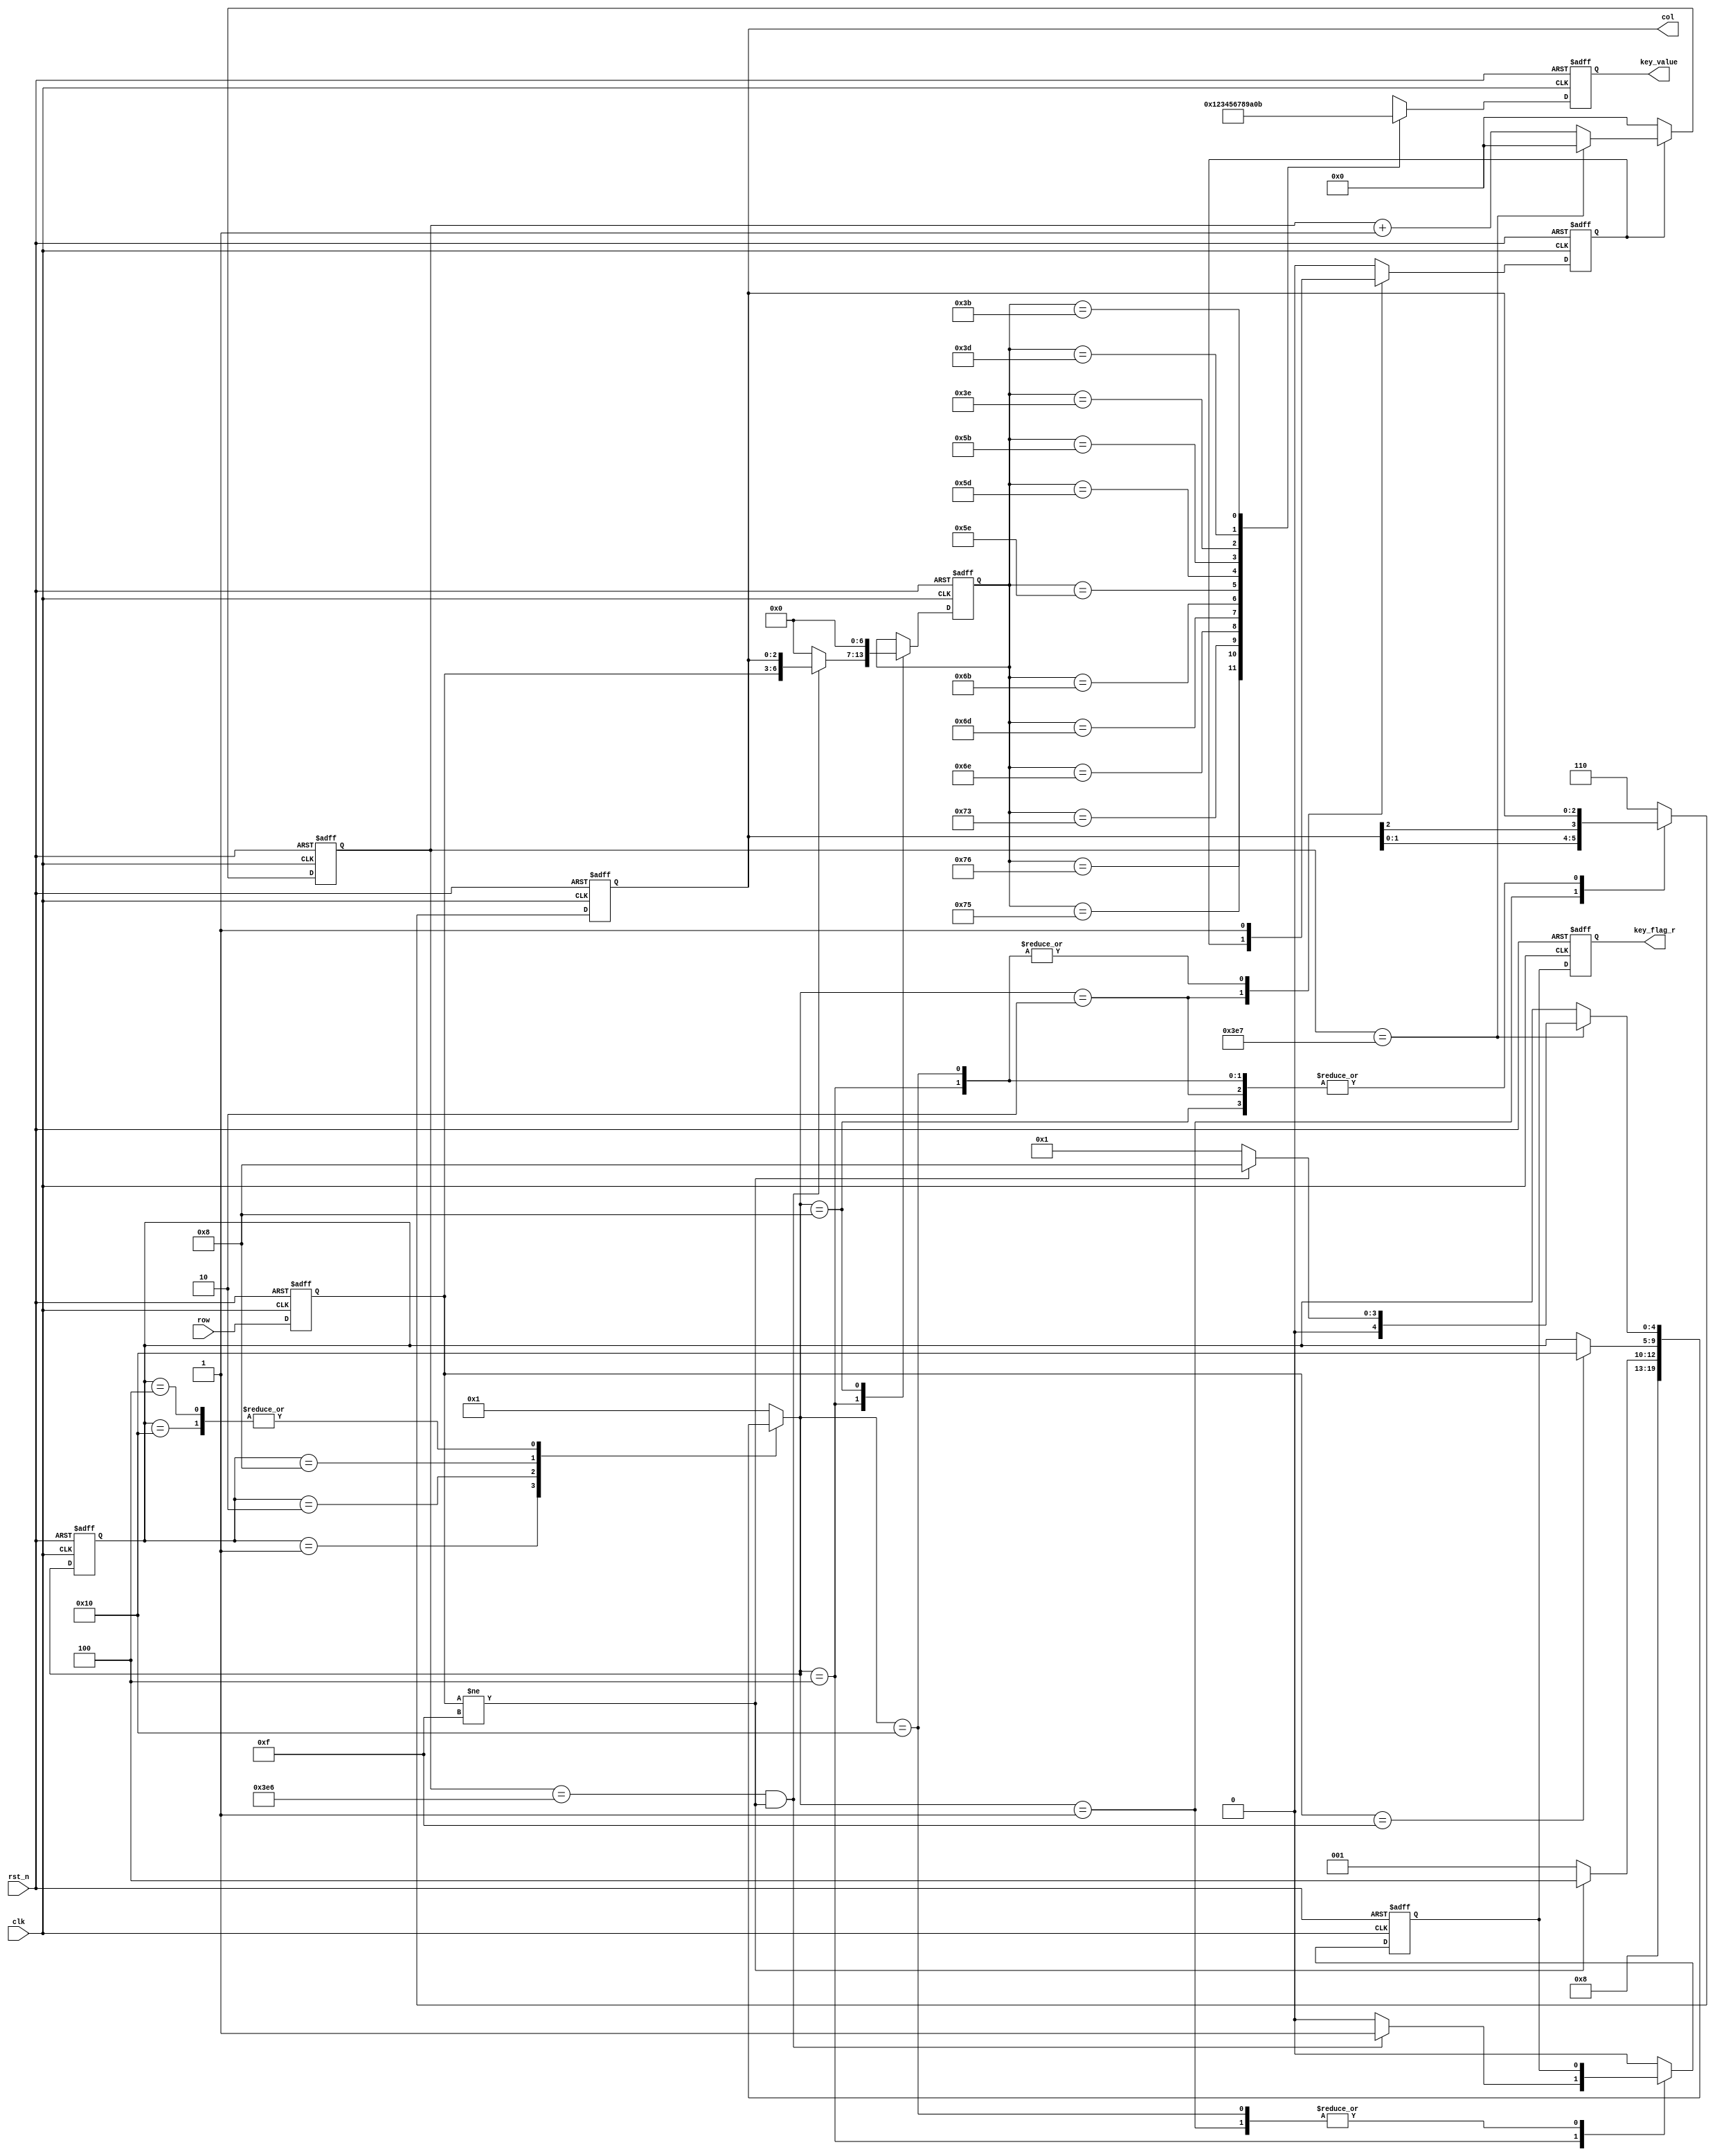
module keypad1(	
	input clk,
	input rst_n,
	input [3:0]row,

	output reg key_flag_r,
	output reg [3:0]key_value,
	output reg [2:0]col
);

reg 		key_flag;
reg [3:0]   row_r;
reg [4:0]   c_state,n_state;
reg [6:0]   key_value_r;
reg         en_delay;
reg [19:0]  delay;

//parameter CNT_MAX = 999_999;
parameter CNT_MAX = 999;

localparam
	scan 		= 5'b00001,
	judge  		= 5'b00010,
	filter0 	= 5'b00100,
	down		= 5'b01000,
	filter1	 	= 5'b10000;   

//Row_store	
always@(posedge clk or negedge rst_n) begin
	if(!rst_n)
		row_r <= 0;
	else 
		row_r <= row;
end

//key_flag delay
always@(posedge clk or negedge rst_n) begin
	if(!rst_n)
		key_flag_r <= 0;
	else 
		key_flag_r <= key_flag;
end
	
//FSM_Part1		
always@(posedge clk or negedge rst_n) begin
	if(!rst_n)
		c_state <= scan;
	else 
		c_state <= n_state;
end

//FSM_Part2		
always@(*) begin
	n_state = 5'bxxxxx;
	case(c_state)
		scan:begin
			n_state = judge;
		end
		judge:begin
			if(row_r != 4'b1111) n_state = filter0;
			else n_state = scan;
		end			
		filter0:begin
			if(delay == CNT_MAX) begin
				if(row_r != 4'b1111) n_state = down;
				else n_state = scan;
			end else
                n_state = c_state;                    
		end
        down:begin
            if(row_r == 4'b1111) n_state = filter1;
            else n_state = c_state;
        end        
        filter1:begin
            if(delay == CNT_MAX) begin
				if(row_r != 4'b1111) n_state = down;
				else n_state = scan;
			end else
				n_state = c_state;
		end
		default:n_state = scan;
	endcase
end 
				
//FSM_Part3
always@(posedge clk or negedge rst_n) begin
	if(!rst_n) begin
		en_delay <= 0;
		col <= 3'b110;
		key_flag <= 0;
		key_value_r <= 0;
	end else begin
		case(n_state)
			scan:begin	
				en_delay <= 0;
				col <= {col[1:0],col[2]};		//col scan
			end	
			
			judge:begin
				key_flag <= 0;
			end
			
			filter0:begin
				en_delay <= 1;
				if((delay == CNT_MAX-1)&&(row_r != 4'b1111)) begin
					key_flag <= 1;
					key_value_r <= {row_r,col};		//key_value decided by row&col
				end else begin
					key_flag <= 0;
					key_value_r <= 0;
				end 
			end 
			
			down:begin
				key_flag <= 0;
				en_delay <= 0;
				key_value_r <= 0;
			end 
				
			filter1:begin
				en_delay <= 1;
			end

			default:begin
				en_delay <= 0;
				col <= 3'b110;
				key_flag <= 0;
			end
		endcase
	end	
end

//20ms delay		
always@(posedge clk or negedge rst_n) begin
    if(!rst_n)
        delay <= 0;
    else if(en_delay) begin
        if(delay == CNT_MAX) delay <= 0;
        else delay <= delay + 1'b1;
    end else 
        delay <= 0;
end

//key value output	
always@(posedge clk or negedge rst_n) begin
	if(!rst_n)
		key_value <= 4'bxxxx;
	else begin
		case(key_value_r)
			7'b1110_110: key_value <= 4'd1;
			7'b1110_101: key_value <= 4'd2;
			7'b1110_011: key_value <= 4'd3;
	       
			7'b1101_110: key_value <= 4'd4;
			7'b1101_101: key_value <= 4'd5;
			7'b1101_011: key_value <= 4'd6;
	       
			7'b1011_110: key_value <= 4'd7;
			7'b1011_101: key_value <= 4'd8;
			7'b1011_011: key_value <= 4'd9;
		
			7'b0111_110: key_value <= 4'd10;
			7'b0111_101: key_value <= 4'd0;
			7'b0111_011: key_value <= 4'd11;
			default:key_value <= 4'bxxxx;
		endcase
	end
end	 

endmodule